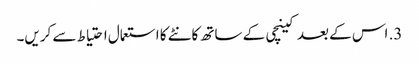
3. اس کے بعد کینچی کے ساتھ کانٹے کا استعمال احتیاط سے کریں۔